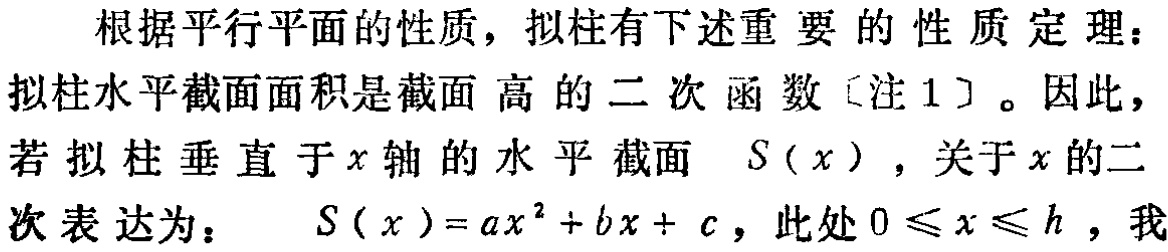
根据平行平面的性质，拟柱有下述重要的性质定理：拟柱水平截面面积是截面高的二次函数〔注1〕。因此，若拟柱垂直于\(x\)轴的水平截面 \(S(x)\)，关于\(x\)的二次表达为： \(S(x)=ax^{2}+bx + c\)，此处\(0\leqslant x\leqslant h\)，我